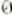
0